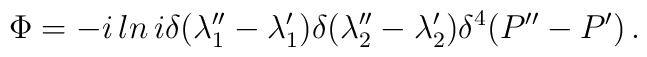
\Phi=-i\,ln\,i\delta(\lambda_1''-\lambda_1')\delta(\lambda_2''-\lambda_2')\delta^4(P''-P')\,.